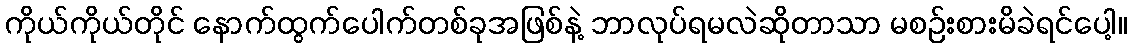
ကိုယ်ကိုယ်တိုင် နောက်ထွက်ပေါက်တစ်ခုအဖြစ်နဲ့ ဘာလုပ်ရမလဲဆိုတာသာ မစဉ်းစားမိခဲရင်ပေါ့။